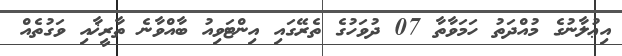
އިޢުލާނުގެ މުއްދަތު ހަމަވާތާ 07 ދުވަހުގެ ތެރޭގައި އިންޓަވިއު ބާއްވާނެ ތާރީޚާއި ވަގުތެއް